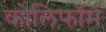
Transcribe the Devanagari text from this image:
कोलिफॉर्म